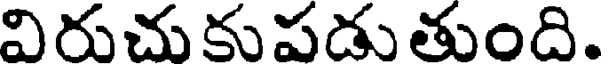
విరుచు కు పడు తుంది.